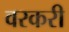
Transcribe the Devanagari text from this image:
वरकरी